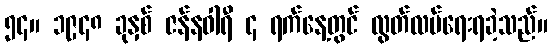
၅၄။ ၁၉၄၈ ခုနှစ် ဇန်နဝါရီ ၄ ရက်နေ့တွင် လွတ်လပ်ရေးရခဲ့သည်။